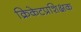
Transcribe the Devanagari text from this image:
क्रिकेटप्रशिक्षक